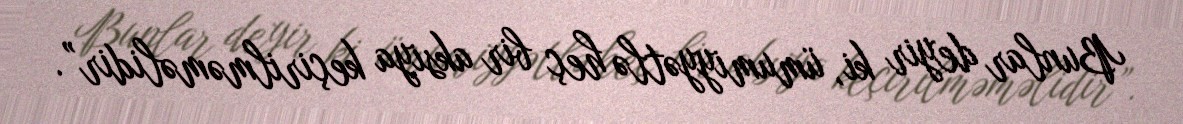
Bunlar deyir ki, ümumiyyətlə heç bir aksiya keçirilməməlidir”.